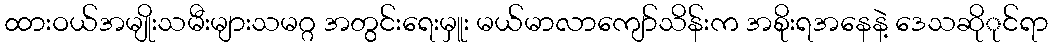
ထားဝယ်အမျိုးသမီးများသမဂ္ဂ အတွင်းရေးမှူး မယ်မာလာကျော်သိန်းက အစိုးရအနေနဲ့ ဒေသဆိုုင်ရာ